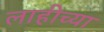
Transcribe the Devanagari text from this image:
लाहीच्या